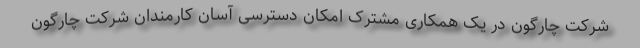
شرکت چارگون در یک همکاری مشترک امکان دسترسی آسان کارمندان شرکت چارگون